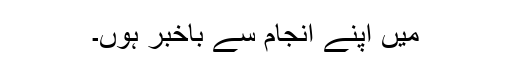
میں اپنے انجام سے باخبر ہوں۔